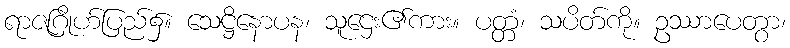
ရာဇဂြိုဟ်ပြည်၌။ သေဋ္ဌိနောပန၊ သူဌေး၏ကား။ ပတ္တံ၊ သပိတ်ကို။ ဥဿာပေတွာ၊